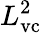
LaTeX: L_{\mathrm{vc}}^{2}